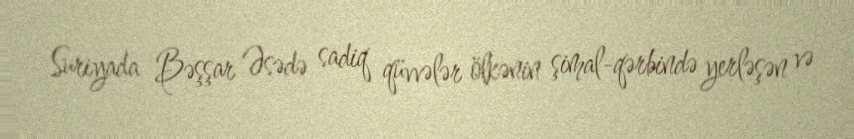
Suriyada Bəşşar Əsədə sadiq qüvvələr ölkənin şimal-qərbində yerləşən və